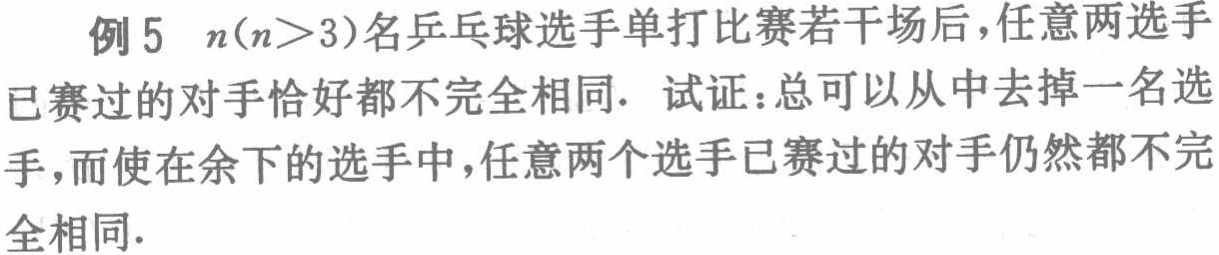
例 5 \(n(n > 3)\)名乒乓球选手单打比赛若干场后，任意两选手已赛过的对手恰好都不完全相同. 试证：总可以从中去掉一名选手，而使在余下的选手中，任意两个选手已赛过的对手仍然都不完全相同.